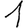
Digit: 1